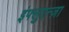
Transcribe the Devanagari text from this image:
इंफ्लुएन्ज़ा